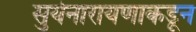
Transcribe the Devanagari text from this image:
सुर्यनारायणाकडून